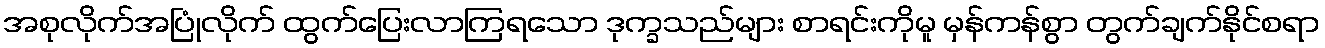
အစုလိုက်အပြုံလိုက် ထွက်ပြေးလာကြရသော ဒုက္ခသည်များ စာရင်းကိုမူ မှန်ကန်စွာ တွက်ချက်နိုင်စရာ